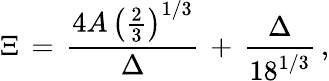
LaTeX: \begin{array}{l}{\displaystyle\Xi\, =\, \frac{4A\, \left(\frac 23\right)^{1/3}}{\Delta}\, +\, \frac{\Delta}{18^{1/3}}\, ,}\end{array}